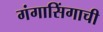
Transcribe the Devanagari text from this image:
गंगासिंगाची